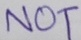
Text: NOT